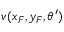
v ( x _ { F } , y _ { F } , \theta ^ { \prime } )